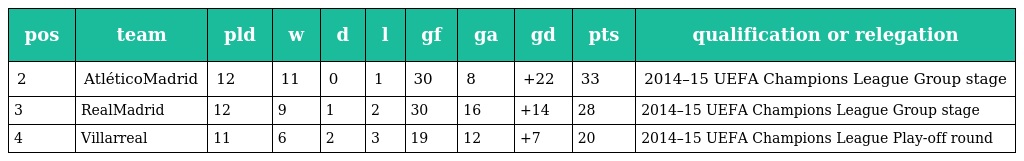
| pos | team | pld | w | d | l | gf | ga | gd | pts | qualification or relegation |
 | --- | --- | --- | --- | --- | --- | --- | --- | --- | --- | --- |
 | 2 | AtléticoMadrid | 12 | 11 | 0 | 1 | 30 | 8 | +22 | 33 | 2014–15 UEFA Champions League Group stage |
 | 3 | RealMadrid | 12 | 9 | 1 | 2 | 30 | 16 | +14 | 28 | 2014–15 UEFA Champions League Group stage |
 | 4 | Villarreal | 11 | 6 | 2 | 3 | 19 | 12 | +7 | 20 | 2014–15 UEFA Champions League Play-off round |